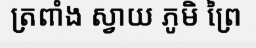
ត្រពាំង ស្វាយ ភូមិ ព្រៃ